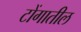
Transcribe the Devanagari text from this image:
टोंगातील